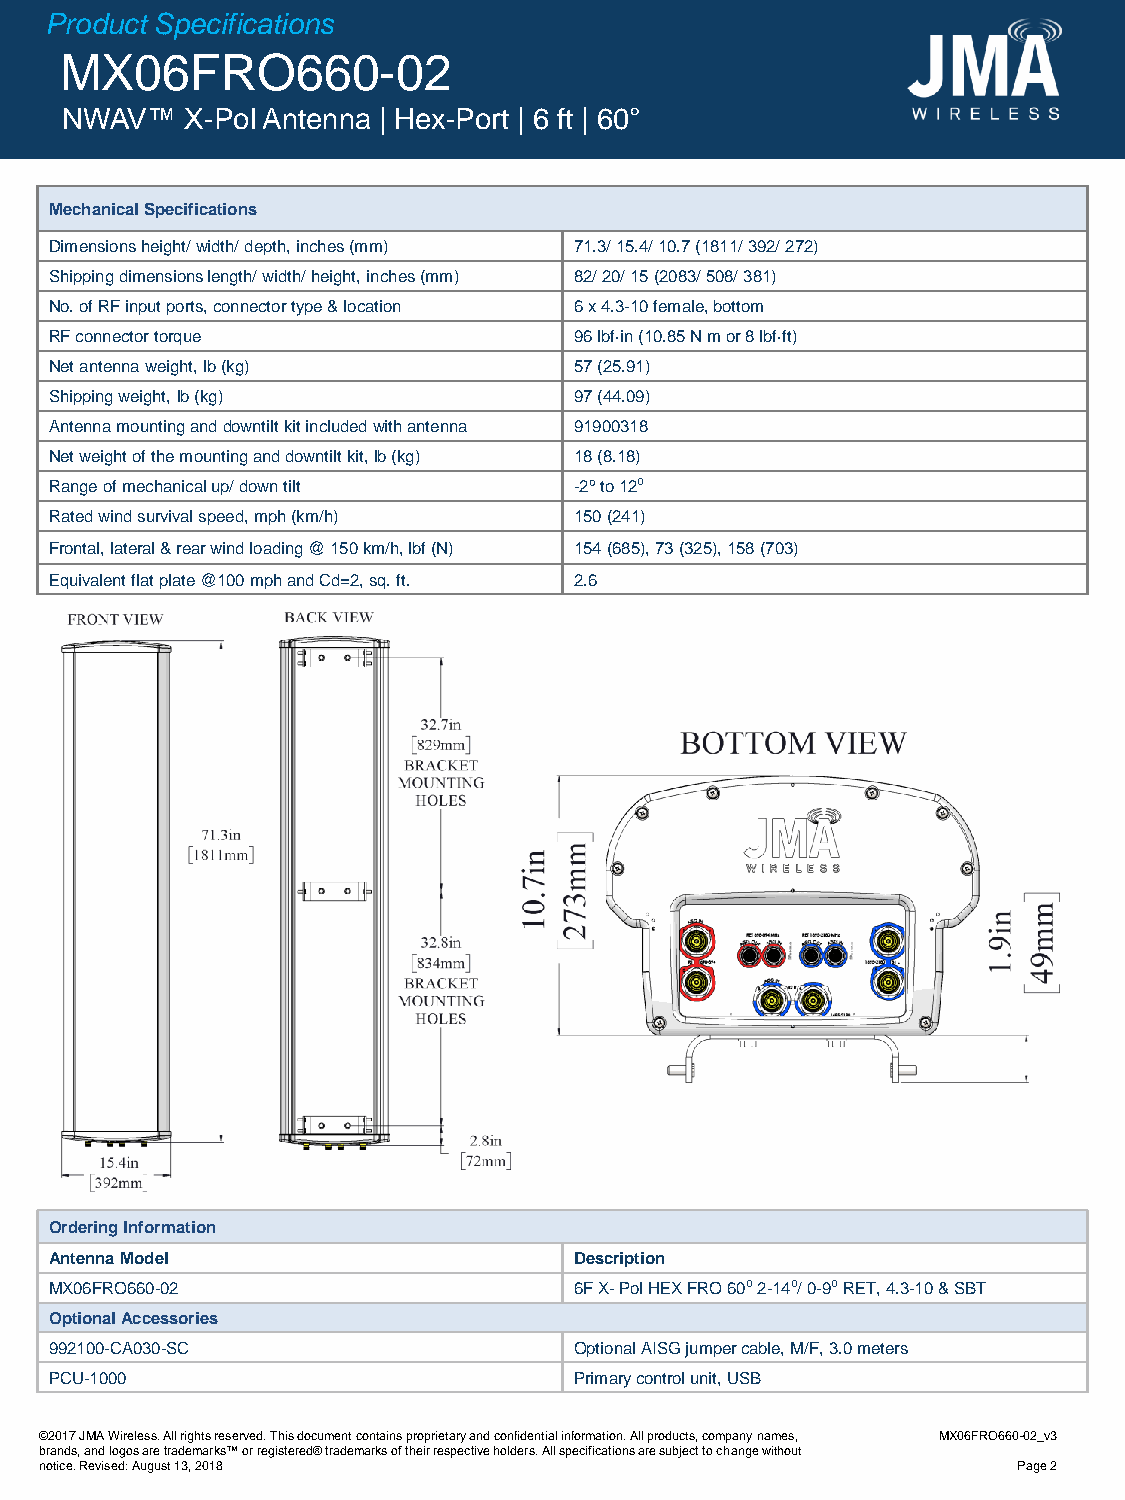
Product Specifications
 MX06FRO660-02
 NWAV™   X-Pol Antenna | Hex-Port | 6 ft | 60°
 Mechanical Specifications
 Dimensions height/width/ depth, inches (mm) 71.3/ 15.4/ 10.7 (1811/ 392/ 272)
 Shipping dimensions length/ width/ height, inches (mm) 82/ 20/ 15(2083/ 508/ 381)
 No. of RF input ports, connectortype & location 6 x 4.3-10female, bottom
 RF connector torque                96lbf·in(10.85 N m or 8 lbf·ft)
 Net antenna weight, lb(kg)         57 (25.91)
 Shipping weight, lb(kg)            97 (44.09)
 Antenna mounting and downtiltkit included with antenna 91900318
 Net weight of the mounting and downtilt kit, lb(kg) 18 (8.18)
 Range of mechanical up/ down tilt  -2⁰to 12⁰
 Rated wind survival speed, mph (km/h) 150 (241)
 Frontal, lateral & rear wind loading @ 150 km/h, lbf (N) 154 (685), 73 (325), 158 (703)
 Equivalent flat plate @100 mph and Cd=2, sq. ft. 2.6
 Ordering Information
 Antenna Model                      Description
 MX06FRO660-02                      6FX-Pol HEX FRO 60⁰2-14⁰/ 0-9⁰RET, 4.3-10 & SBT
 Optional Accessories
 992100-CA030-SC                    Optional AISG jumper cable, M/F, 3.0 meters
 PCU-1000                           Primary control unit, USB
 ©2017JMA Wireless. All rights reserved. This document contains proprietary and confidential information. All products, company names, MX06FRO660-02_v3
 brands, and logos are trademarks™ or registered® trademarks of their respective holders. All specifications are subject to change without
 notice. Revised: August 13, 2018                                Page 2